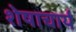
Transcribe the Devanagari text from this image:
शेषाचार्य